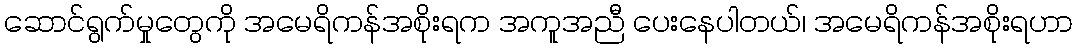
ဆောင်ရွက်မှုတွေကို အမေရိကန်အစိုးရက အကူအညီ ပေးနေပါတယ်၊ အမေရိကန်အစိုးရဟာ